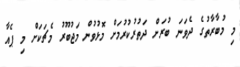
މި މުބާރާތުގެ ދެވަނަ ބުރަށް ދަތުރުކުރުމަށް މޮޅުވުން މަޖުބޫރު މެޗަކަށް މި ޕެއާ